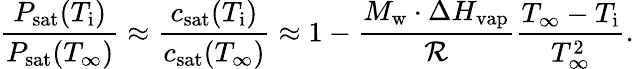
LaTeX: \frac{P_{\mathrm{sat}}(T_{\mathrm{i}})}{P_{\mathrm{sat}}(T_{\infty})}\approx\frac{c_{\mathrm{sat}}(T_{\mathrm{i}})}{c_{\mathrm{sat}}(T_{\infty})}\approx 1-\frac{M_{\mathrm{w}}\cdot\Delta H_{\mathrm{vap}}}{{\cal R}}\frac{T_{\infty}-T_{\mathrm{i}}}{T_{\infty}^{2}}.